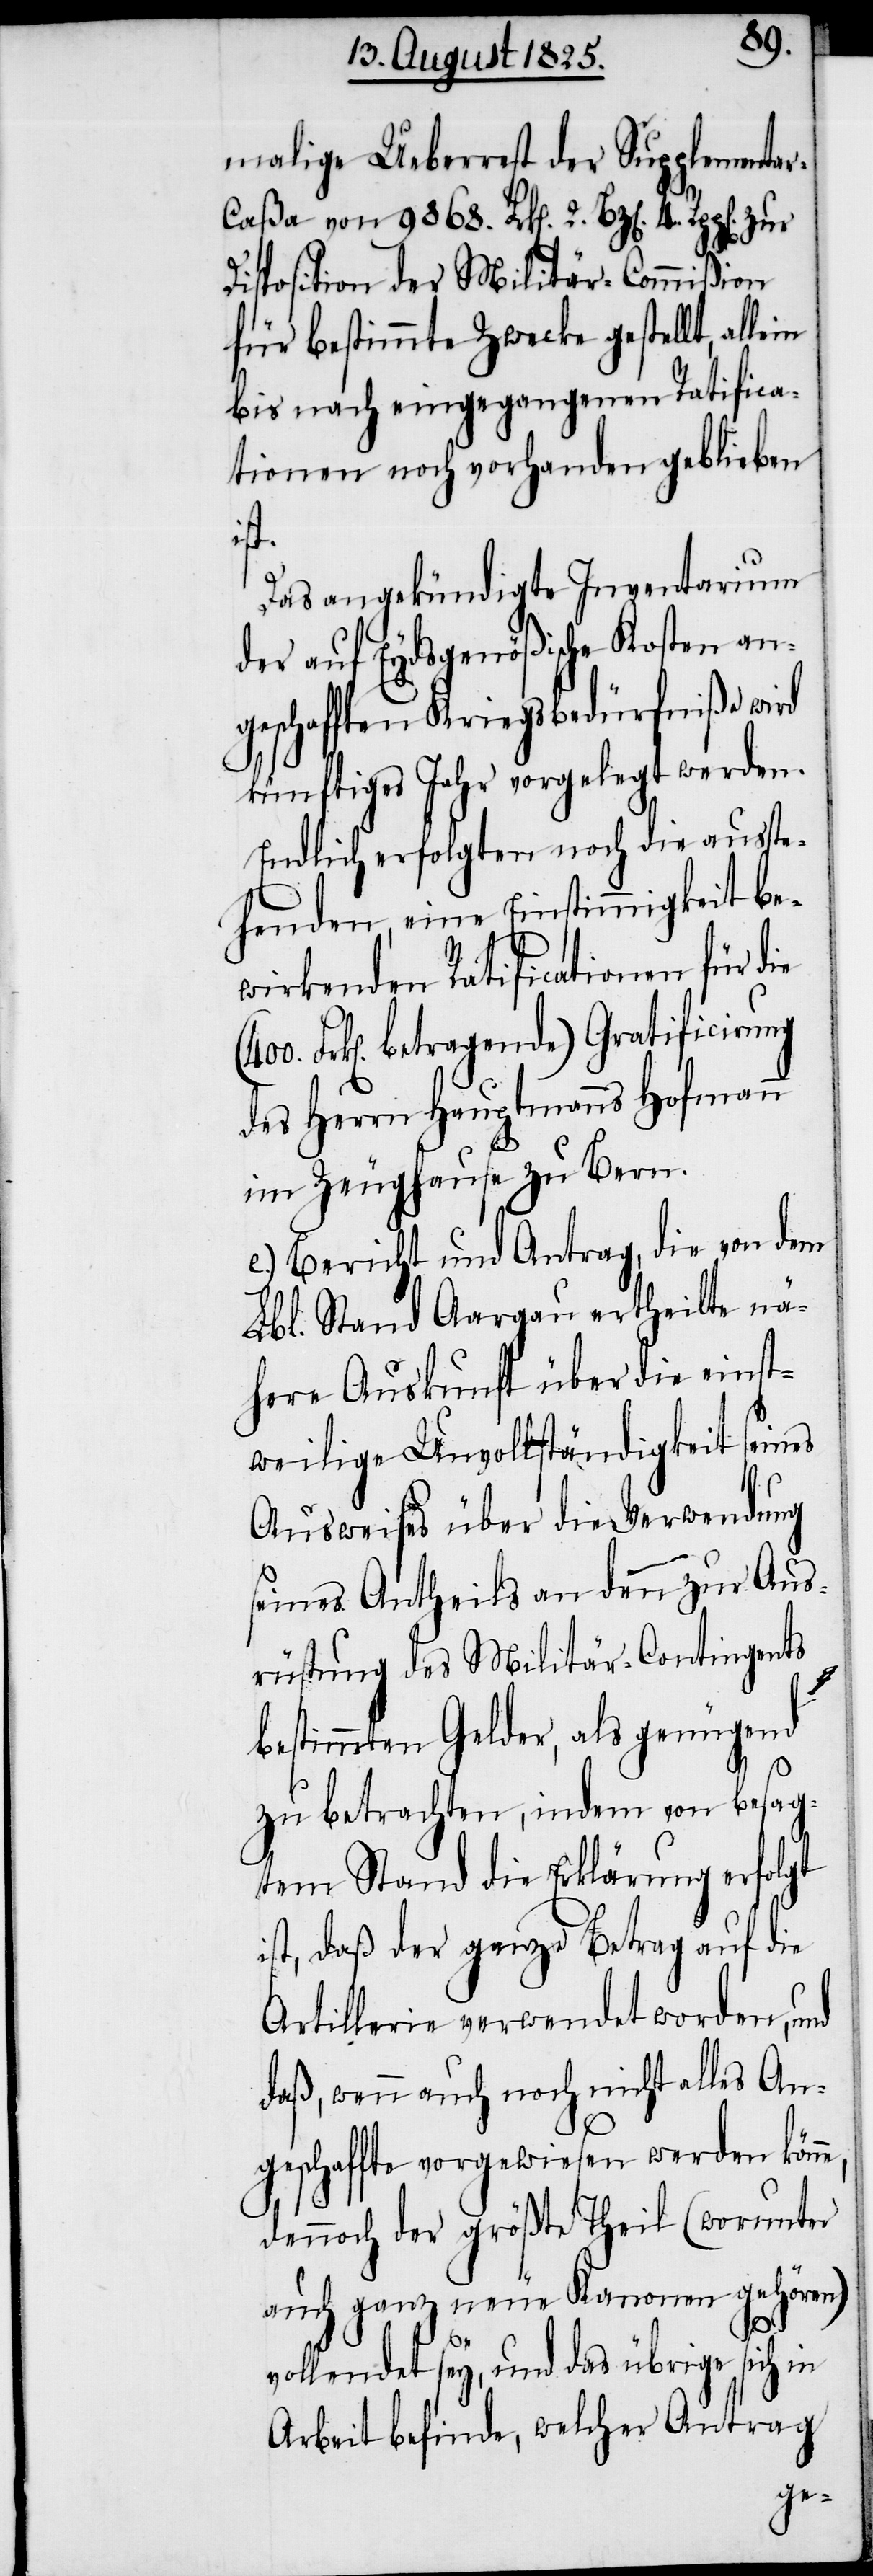
malige Ueberrest der Supplementa¬
r-Caßa von 9868. Frk[en]. 2. Btz.[e¬
Disposition der Militär-Commißion
für bestimmte Zwecke gestellt, allen
bis nach eingegangenen Ratifica¬
tionen noch vorhanden geblieben
ne,
Das angekündigte Inventarium
der auf Eydsgenößische Kosten an¬
geschafften Kriegsbedürfniße wird
künftiges Jahr vorgelegt werden.
Endlich erfolgten noch die ausste¬
henden, eine Einstimmigkeit be¬
wirkenden Ratificationen für die
Frk[en]. betragende) Gratificirung
des Herrn Hauptmanns Hofmann
im Zeughause zu Bern.
e.) Bericht und Antrag, die von dem
Lbl. Stand Aargau ertheilte nä¬
here Auskunft über die einst¬
weilige Unvollständigkeit seines
Ausweises über die Verwendung
seines Antheils an den zur Aus¬
rüstung des Militär-Contingents
4.
bestimmten Gelder, als genügend
zu betrachten, indem von besag¬
tem Stand die Erklärung erfolgt
ist, daß der ganze Betrag auf die
Artillerie verwendet worden, und
daß wenn auch noch nicht alles An¬
geschaffte vorgewiesen werden kön¬
dennoch der größte Theil (worunter
auch ganz neue Kanonen gehören)
vollendet sey, und das übrige sich in
Arbeit befinde, welcher Antrag